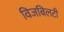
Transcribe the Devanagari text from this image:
विजबिलटी